Annual administration report of the Civil Veterinary Department of India - 1905-1906
Year: 1905
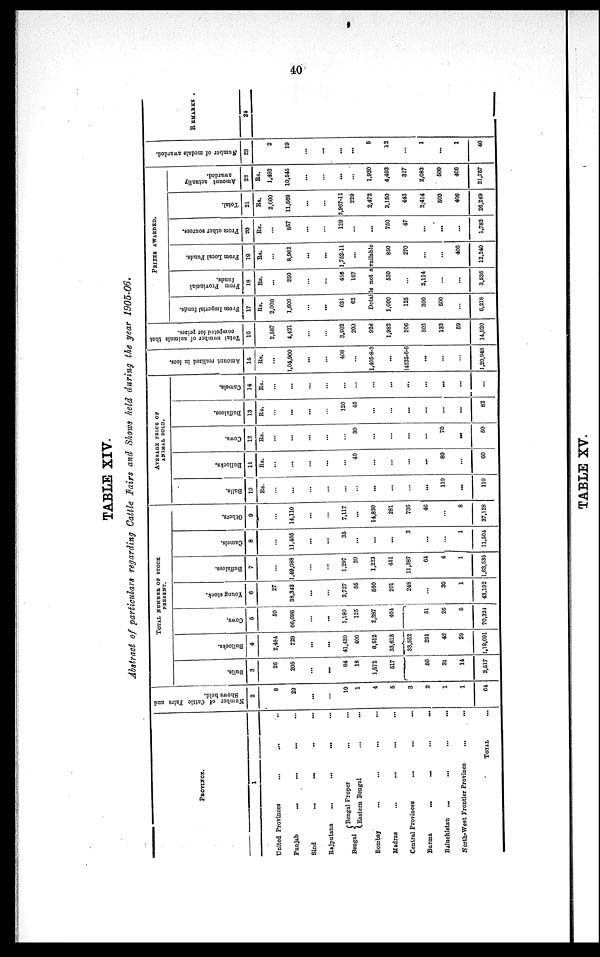
40
TABLE XIV.
Abstract of particulars regarding Cattle Fairs and Shows held, during the year 1905-06.
PROVINCE.
1
United Provinces ... ... ...
Punjab ... ... ... ...
Sind
... ... ... ...
Rajputana
...
...
... ...
Bengal Bengal Proper ... ...
Eastern Bengal ... ...
Bombay
...
...
...
...
Madras ... ... ... ...
Central Provinces
...
...
...
Burma
...
...
...
...
Baluchistan
...
...
...
...
North-West Frontier Province
...
...
TOTAL ...
Number of Cattle Fairs and
Shows held.
2
8
29
...
...
10
1
4
5
3
2
1
1
64
TOTAL NUMBER OF STOCK
PRESENT.
Bulls.
3
26
205
...
...
84
18
1,572
517
Bullocks.
4
2,434
729
...
...
41,439
400
6,512
33,613
Cows.
5
50
66,096
...
...
1,180
125
2,387
401
33,552
60
31
14
2,517
291
42
29
1,19,091
51
26
5
70,324
Young stock.
6
27
38,343
...
...
3,727
55
560
201
249
...
30
1
43,192
Buffaloes.
7
...
1,49,088
...
...
1,297
20
1,223
451
11,387
64
4
1
1,63,535
Camels.
8
...
11,485
...
...
35
...
...
...
3
...
...
1
11,504
Others.
9
...
14,110
...
...
7,117
...
14,830
281
736
46
...
8
37,128
AVERAGE PRICE OF ANIMAL SOLD.
Bulls.
10
Rs.
...
...
...
...
...
...
...
...
...
...
110
...
110
Bullocks.
11
Rs.
...
...
...
...
...
40
...
...
...
...
80
...
60
Co\Y8.
12
Rs.
...
...
...
...
...
30
...
...
...
...
70
...
50
Buffaloes.
13
Rs.
...
...
...
...
120
45
...
...
...
...
...
...
82
Camels.
14
Rs.
...
...
...
...
...
...
...
...
...
...
...
...
...
Amo u n t r eal i zed in fees.
15
Rs.
...
1,04,900
...
...
408
1,405-8-3
...
14235-6-6
...
...
...
1,20,948
Total number of animals that
competed for prizes.
16
2,687
4,421
...
...
3,902
200
928
1,982
206
503
133
59
14,920
PRIZES AWARDED.
From Imperial funds.
17
Rs.
2,000
1,600
...
...
631
62
From Provincial
funds.
18
Rs.
...
250
...
...
455
167
From Local Funds.
19
Rs.
8,962
...
...
1,752-11
...
Details not available
1,000
125
300
600
...
6,218
550
...
2,114
...
...
3,536
850
270
...
...
406
12,240
From other sources.
20
Rs.
...
857
...
...
129
...
...
750
47
...
...
...
1,783
Total.
21
Rs.
2,000
11,669
...
...
2,967-11
229
2,472
3,150
442
2;414
600
406
26,249
Amount actually
awarded.
22
Rs.
1,493
10,545
...
...
...
1,920
4,493
317
2,083
600
406
21,757
Number of medals awarded.
23
2
19
...
...
...
...
5
12
...
1
...
1
40
REMARKS
24